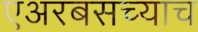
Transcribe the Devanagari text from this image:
एअरबसच्याच